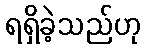
ရရှိခဲ့သည်ဟု